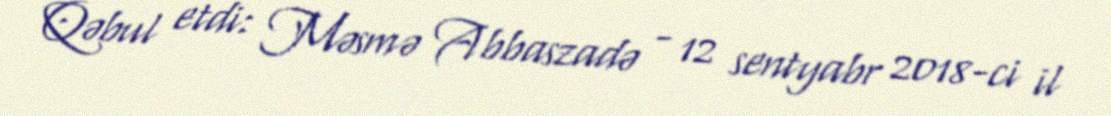
Qəbul etdi: Məsmə Abbaszadə - 12 sentyabr 2018-ci il